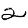
Digit: 2